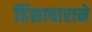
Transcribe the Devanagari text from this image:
हिंसाचाराने